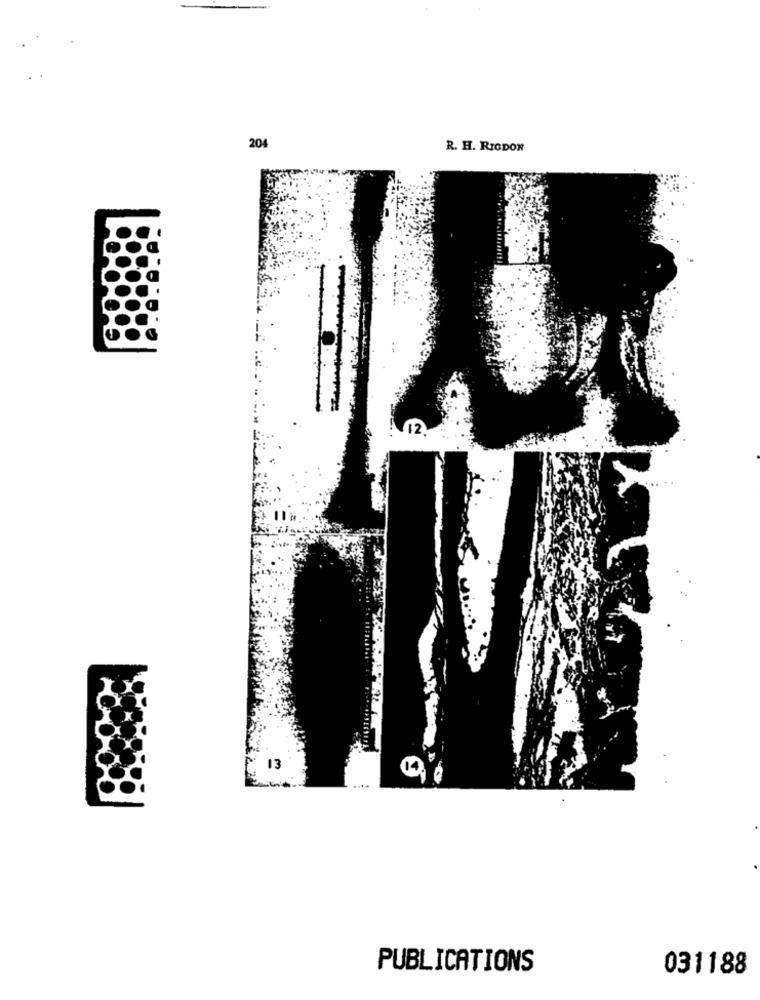
204
R. H. RIGDON
13
....
PUBLICATIONS
031188